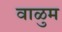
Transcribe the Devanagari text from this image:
वाळुम